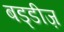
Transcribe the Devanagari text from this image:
बड्डीज़